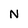
Character: N